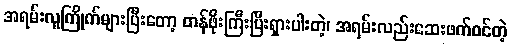
အရမ်းလူကြိုက်များပြီးတော့ တန်ဖိုးကြီးပြီးရှားပါးတဲ့၊ အရမ်းလည်းဆေးဖက်ဝင်တဲ့